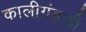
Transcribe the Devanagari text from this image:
कालीगंडकी